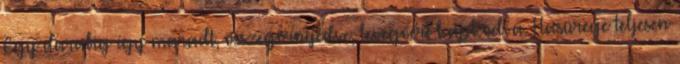
Egy darabig így maradt, összegörnyedve, levegőért kapkodva. Hasürege teljesen